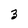
Character: 3